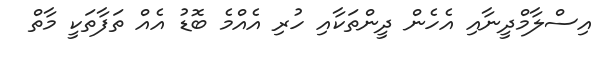
އިސްލާމްދީނާއި އެހެން ދީންތަކާއި ހުރި އެއްމެ ބޮޑު އެއް ތަފާތަކީ މާތް